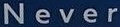
Never